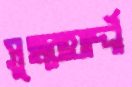
সুহরোয়ার্দ্দী